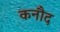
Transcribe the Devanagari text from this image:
कनौद